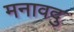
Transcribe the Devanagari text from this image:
मनावदु